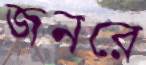
জনরে